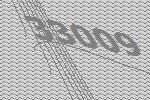
33009